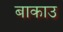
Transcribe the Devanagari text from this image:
बाकाउ